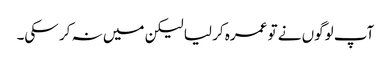
آپ لوگوں نے تو عمرہ کر لیا لیکن میں نہ کر سکی۔